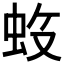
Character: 𱿝